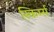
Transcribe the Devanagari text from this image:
स्किर्म्स